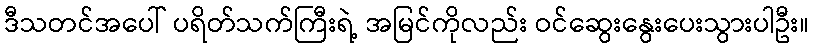
ဒီသတင်အပေါ် ပရိတ်သက်ကြီးရဲ့ အမြင်ကိုလည်း ဝင်ဆွေးနွေးပေးသွားပါဦး။